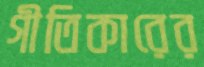
গীতিকারের